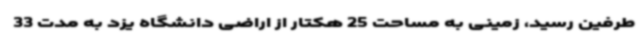
طرفین رسید، زمینی به مساحت 25 هکتار از اراضی دانشگاه یزد به مدت 33